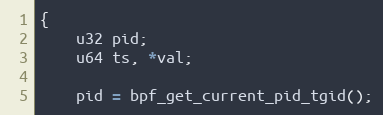
Language: C
{
	u32 pid;
	u64 ts, *val;

	pid = bpf_get_current_pid_tgid();